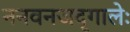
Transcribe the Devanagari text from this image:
ननवनजदृगालेः